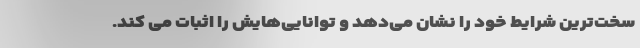
سخت‌ترین شرایط خود را نشان می‌دهد و توانایی‌هایش را اثبات می کند.